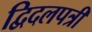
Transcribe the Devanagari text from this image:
द्विदलपत्री